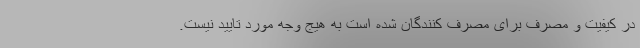
در کیفیت و مصرف برای مصرف کنندگان شده است به هیج وجه مورد تایید نیست.